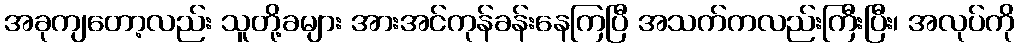
အခုကျတော့လည်း သူတို့ခများ အားအင်ကုန်ခန်းနေကြပြီ အသက်ကလည်းကြီးပြီး၊ အလုပ်ကို